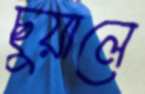
ছুয়ালে